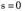
$$s = 1$$